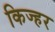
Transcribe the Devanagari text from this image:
किज्हर